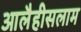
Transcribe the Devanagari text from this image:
आलैहीसलाम